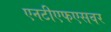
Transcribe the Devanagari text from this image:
एनटीएफएसवर